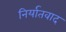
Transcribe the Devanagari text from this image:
निर्यातवाद